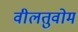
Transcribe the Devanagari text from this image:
वीलतुवोम